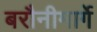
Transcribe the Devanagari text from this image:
बरौनीमार्गे